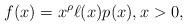
LaTeX: \begin{align*} f(x) = x^\rho \ell(x) p(x), x > 0,\end{align*}